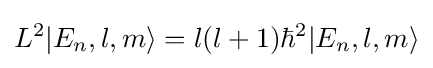
L^{2}|E_{n},l,m\rangle =l(l+1)\hbar ^{2}|E_{n},l,m\rangle